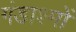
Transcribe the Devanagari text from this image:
गंडाश्मों